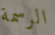
الرسمة